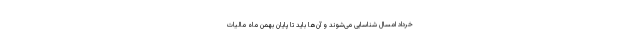
خرداد امسال شناسایی می‌شوند و آن‌ها باید تا پایان بهمن ماه مالیات